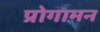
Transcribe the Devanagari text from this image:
प्रोगामन